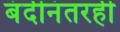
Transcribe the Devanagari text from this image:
बंदीनंतरही